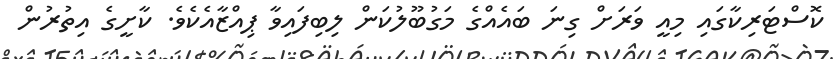
ކޮސްޓަރިކާގައި މިއީ ވަރަށް ގިނަ ބައެއްގެ މަގުބޫލުކަން ލިބިފައިވާ ޕިއްޒާއެކެވެ. ކާށީގެ އިތުރުން